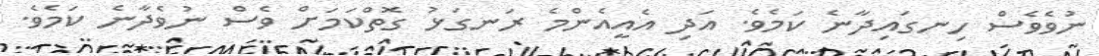
ނުވެވެސް ހިނގައިދާނެ ކަމެވެ. އަދި އެއީއެންމެ ރަނގަޅު ގޮތްކަމަށް ވެސް ނުވެދާނެ ކަމެވެ.